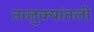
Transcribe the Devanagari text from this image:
तालुक्यांतली